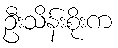
ဦးသိန်းစိုးက